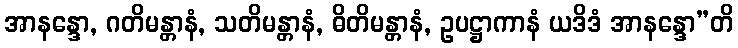
အာနန္ဒော, ဂတိမန္တာနံ, သတိမန္တာနံ, ဓိတိမန္တာနံ, ဥပဋ္ဌာကာနံ ယဒိဒံ အာနန္ဒော”တိ